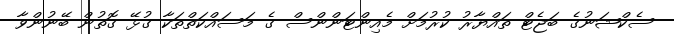
ސެކްޝަނުގެ ބަޖެޓް ތައްޔާރު ކުރުމަށް މެއިންޓަންންސް ގެ މަސައްކަތްތަކާ ގުޅޭ ގޮތުން ބޭނުންވާ